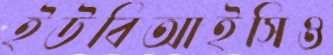
ইউবিআইসিও